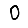
Digit: 0